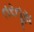
તરતૂસ